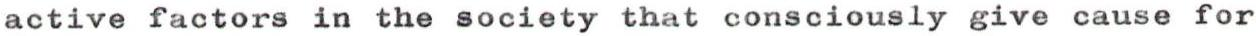
active factors in the society that consciously give cause for